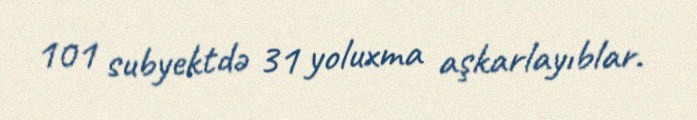
101 subyektdə 31 yoluxma aşkarlayıblar.